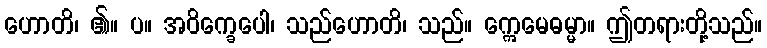
ဟောတိ၊ ၏။ ပ။ အဝိက္ခေပေါ၊ သည်ဟောတိ၊ သည်။ ဣေမေဓမ္မာ။ ဤတရားတို့သည်။